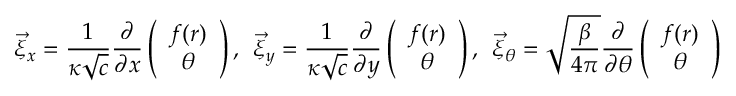
\vec { \xi } _ { x } = \frac { 1 } { \kappa \sqrt { c } } \frac { \partial } { \partial x } \left( \begin{array} { c } { { f ( r ) } } \\ { { \theta } } \end{array} \right) , \: \: \vec { \xi } _ { y } = \frac { 1 } { \kappa \sqrt { c } } \frac { \partial } { \partial y } \left( \begin{array} { c } { { f ( r ) } } \\ { { \theta } } \end{array} \right) , \: \: \vec { \xi } _ { \theta } = \sqrt { \frac { \beta } { 4 \pi } } \frac { \partial } { \partial \theta } \left( \begin{array} { c } { { f ( r ) } } \\ { { \theta } } \end{array} \right)